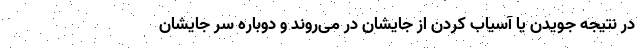
در نتیجه جویدن یا آسیاب کردن از جایشان در می‌روند و دوباره سر جایشان